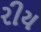
રીય